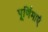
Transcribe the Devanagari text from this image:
पूर्णिमाएं